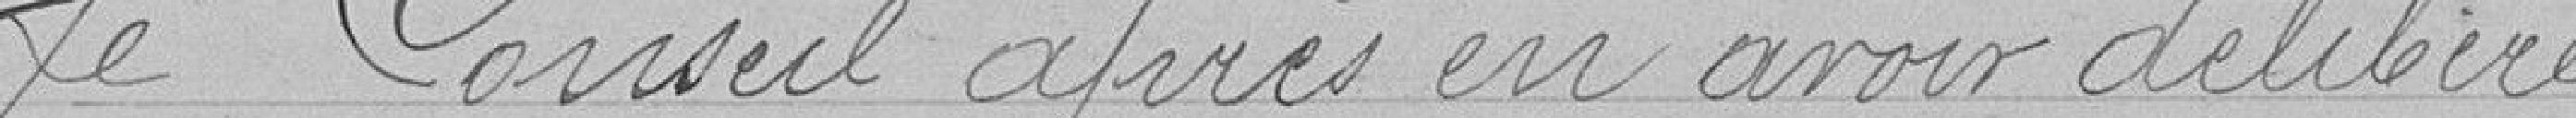
Le Conseil après en avoir délibéré